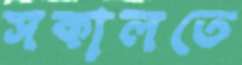
সকালতে